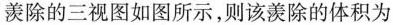
羡除的三视图如图所示，则该羡除的体积为